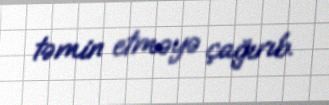
təmin etməyə çağırıb.